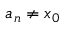
a _ { n } \neq x _ { 0 }